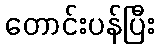
တောင်းပန်ပြီး